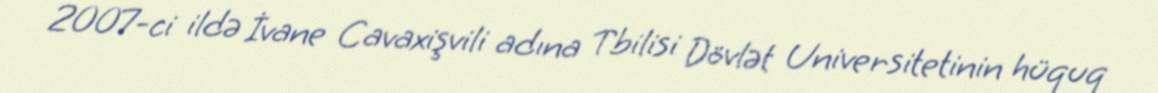
2007-ci ildə İvane Cavaxişvili adına Tbilisi Dövlət Universitetinin hüquq